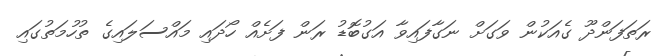
ރަތަފަންދޫ ގެއަކުން ވަގަށް ނަގާފައިވާ އަގުބޮޑު ރަން ފަށެއް ހޯދައި މައްސަލައިގެ ތުހުމަތުގައި